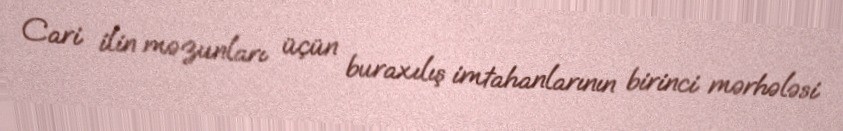
Cari ilin məzunları üçün buraxılış imtahanlarının birinci mərhələsi